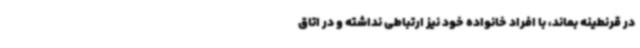
در قرنطینه بماند، با افراد خانواده خود نیز ارتباطی نداشته و در اتاق